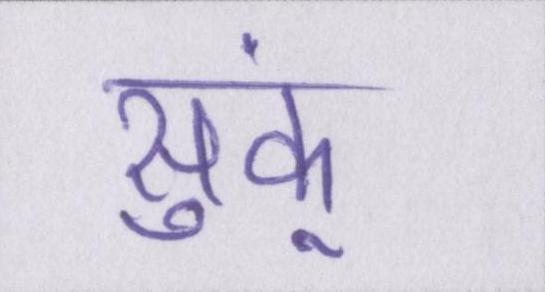
सुकूं